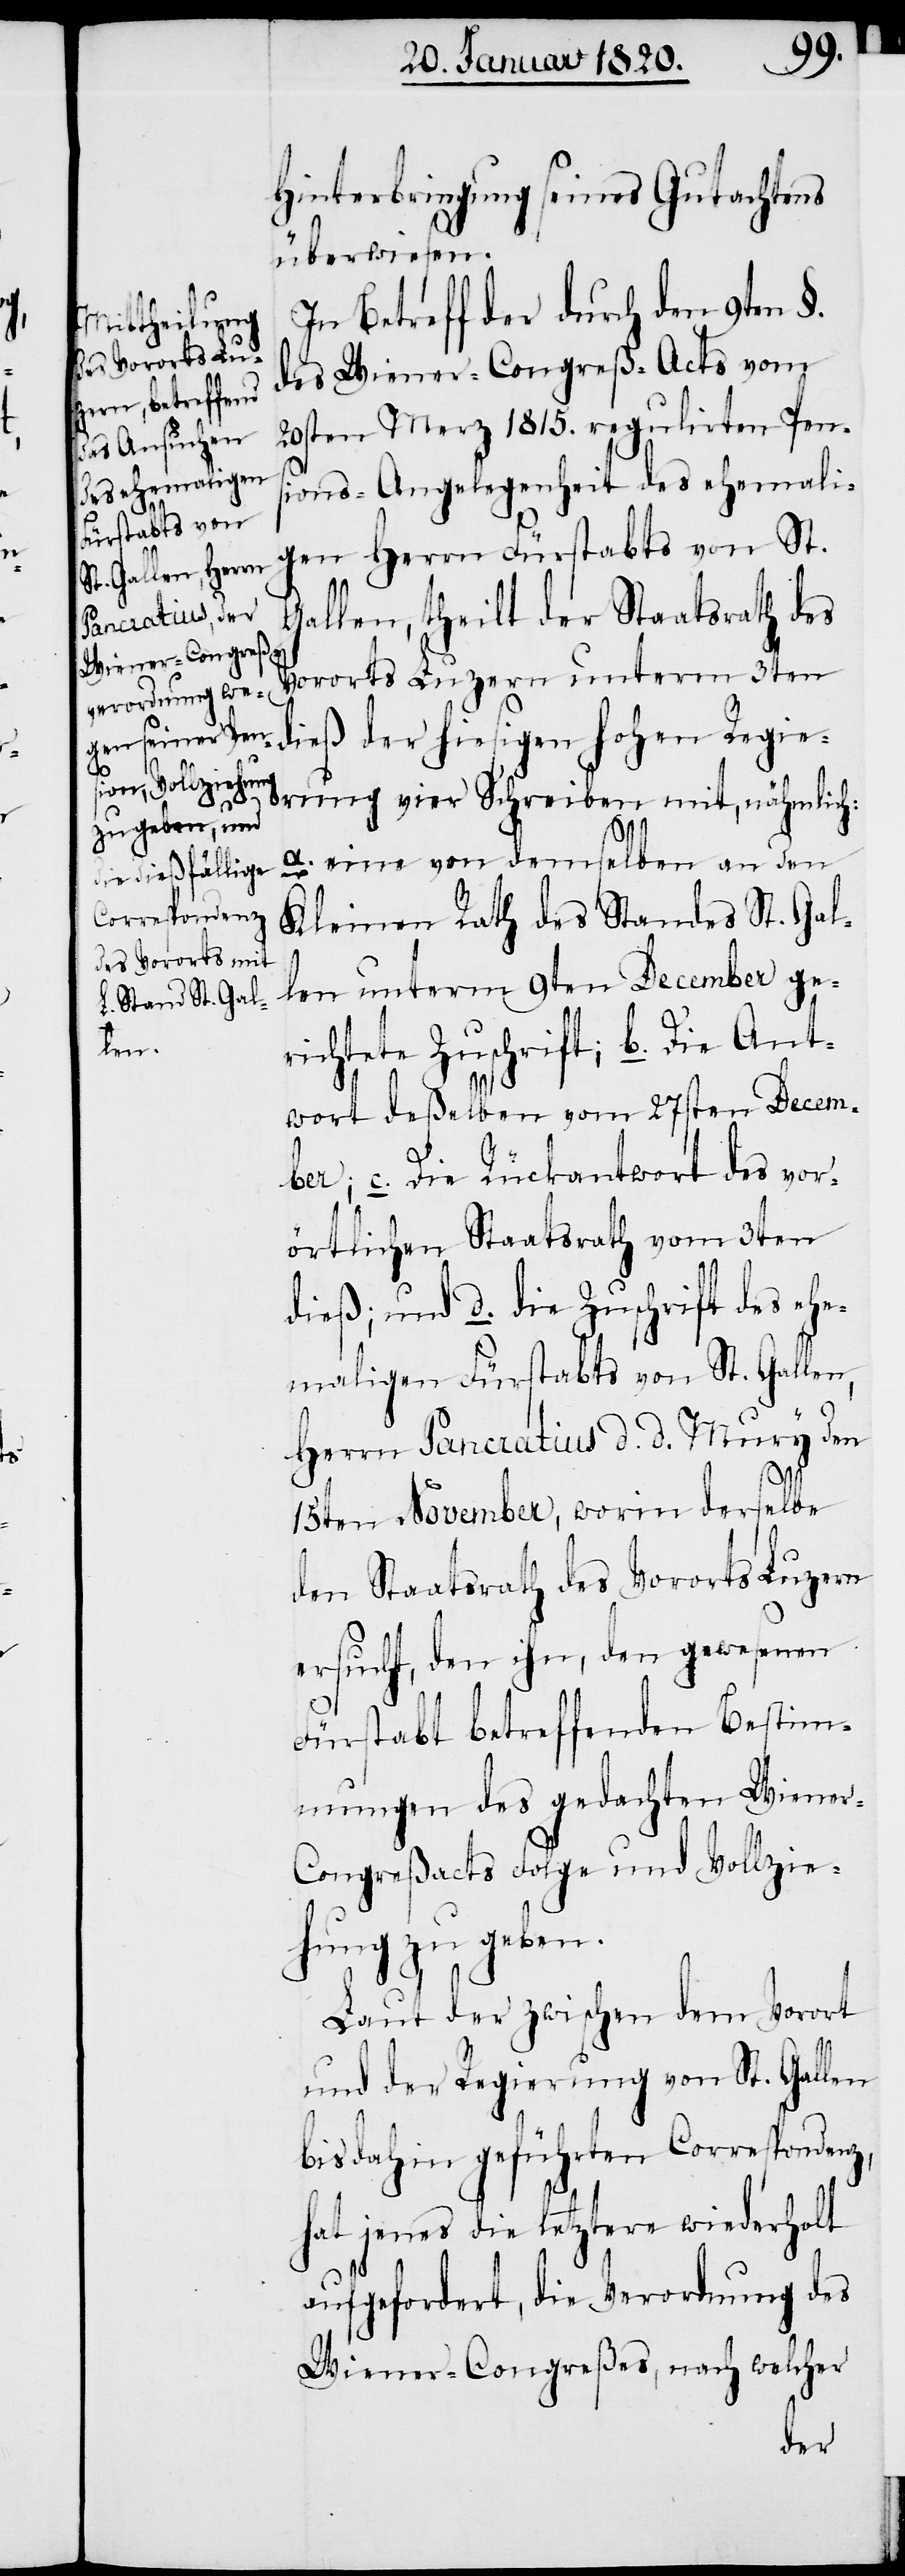
Hinterbringung seines Gutachtens
überwiesen.
In Betreff der durch den 9ten §.
des Wiener-Congreß-Acts vom
20sten Merz 1815. regulirten Pen¬
sions-Angelegenheit des ehemali¬
gen Herrn Fürstabts von St.
Gallen, theilt der Staatsrath des
Vororts Luzern unterm 3ten
dieß der hiesigen hohen Regie¬
rung vier Schreiben mit, nähmlich:
a. eine von demselben an den
Kleinen Rath des Standes St. Gal¬
len unterm 9ten December ge¬
richtete Zuschrift; b. Die Ant¬
wort deßelben vom 27sten Decem¬
ber; c. Die Rückantwort des vor¬
örtlichen Staatsrath vom 3ten
dieß; und d. die Zuschrift des ehe¬
maligen Fürstabts von St. Gallen,
Herrn Pancratius d. d. Mury den
15ten November, worin derselbe
den Staatsrath des Vororts Luzern
ersucht, den ihn, den gewesenen
Fürstabt betreffenden Bestim¬
mungen des gedachten Wiene¬
r-Congreßacts Folge und Vollzie¬
hung zu geben.
Laut der zwischen dem Vorort
und der Regierung von St. Gallen
bis dahin geführten Correspondenz,
hat jenes die letztere wiederholt
aufgefordert, die Verordnung des
Wiener-Congreßes, nach welcher